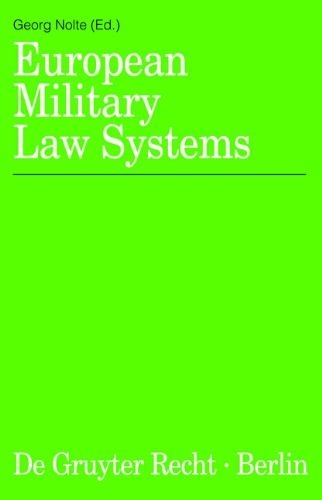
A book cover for European Military Law Systems; Law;